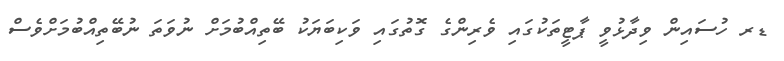
ޑރ ހުސައިން ވިދާޅުވީ ޕާޓީތަކުގައި ވެރިންގެ ގޮތުގައި ވަކިބަޔަކު ބޭތިއްބުމަށް ނުވަތަ ނުބޭތިއްބުމަށްވެސް